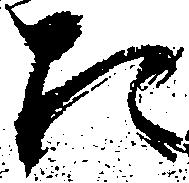
た